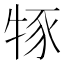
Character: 𤙦